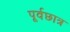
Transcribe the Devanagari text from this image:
पूर्वछात्र